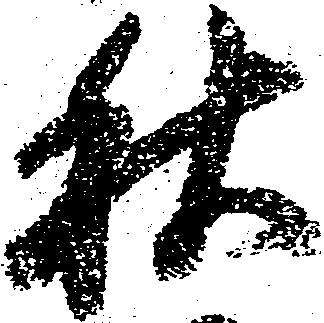
秋